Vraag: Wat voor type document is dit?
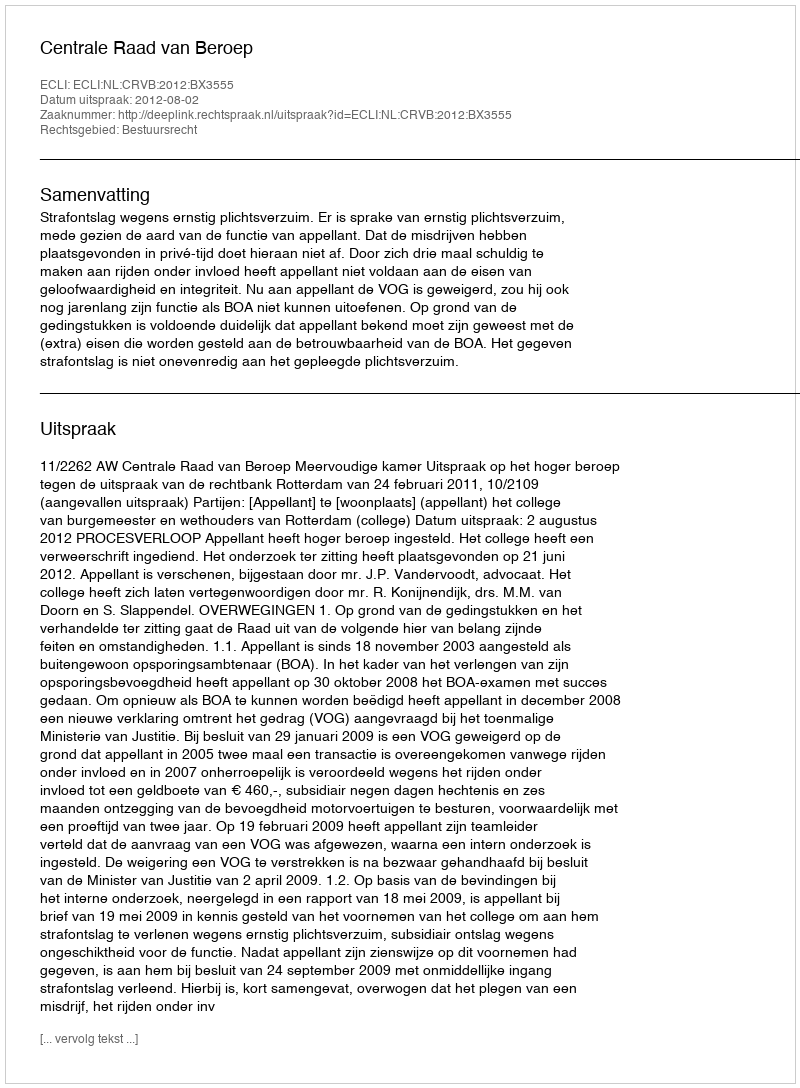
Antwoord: Uitspraak